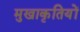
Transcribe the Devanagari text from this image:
मुखाकृतियों